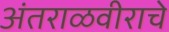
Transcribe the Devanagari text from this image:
अंतराळवीराचे